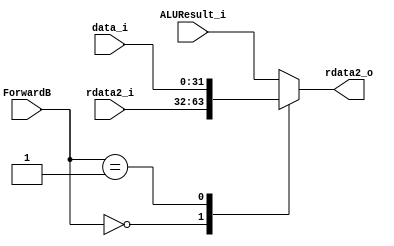
`timescale 1ns / 1ps
//////////////////////////////////////////////////////////////////////////////////
// Company: 
// Engineer: 
// 
// Design Name: 
// Module Name: MUX_F2
// Project Name: 
// Target Devices: 
// Tool Versions: 
// Description: 
// 
// Dependencies: 
// 
// Revision:
// Revision 0.01 - File Created
// Additional Comments:
// 
//////////////////////////////////////////////////////////////////////////////////


module MUX_F2(
input [31:0] rdata2_i,ALUResult_i,data_i,
input [1:0] ForwardB,
output reg [31:0] rdata2_o
    );
    always@*begin
       case(ForwardB)
           2'b00: rdata2_o=rdata2_i;
           2'b01:rdata2_o=data_i;
           default: rdata2_o=ALUResult_i;//2'b10
       endcase
    end
endmodule